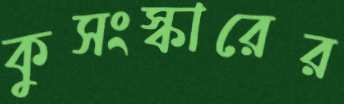
কুসংস্কারের